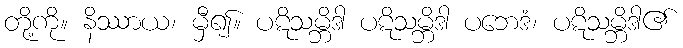
တို့ကို။ နိဿာယ၊ မှီ၍။ ပဋိသမ္ဘိဒါ ပဋိသမ္ဘိဒါ ပဘေဒံ၊ ပဋိသမ္ဘိဒါ၏